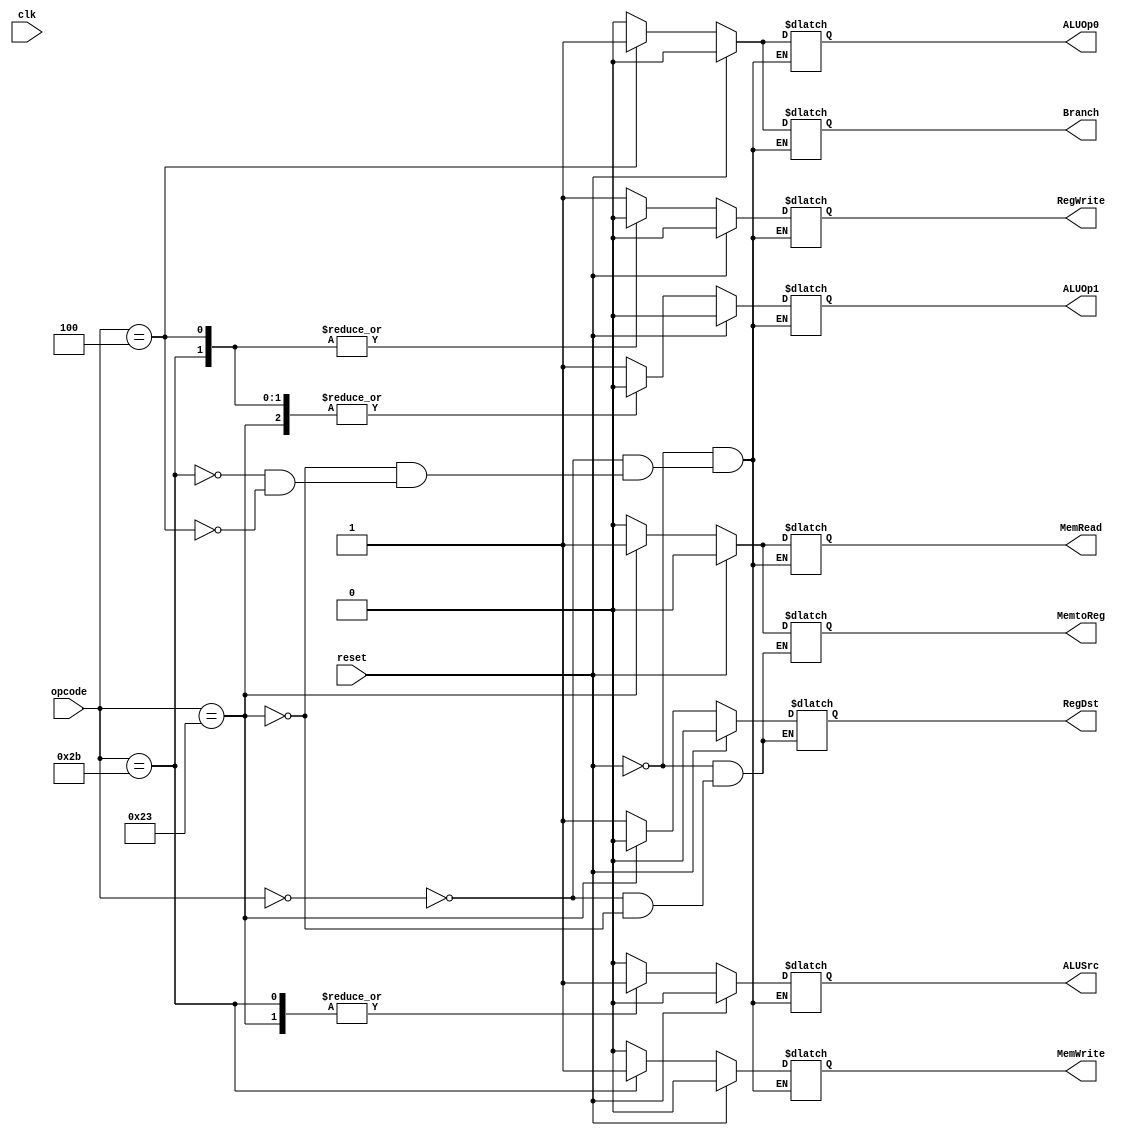
`timescale 1ns / 1ps
//////////////////////////////////////////////////////////////////////////////////
// Company: 
// Engineer: 
// 
// Design Name: 
// Module Name:    control_unit 
// Project Name: 
// Target Devices: 
// Tool versions: 
// Description: 
//
// Dependencies: 
//
// Revision: 
// Revision 0.01 - File Created
// Additional Comments: 
//
//////////////////////////////////////////////////////////////////////////////////
module control_unit(clk, reset, opcode, RegDst, ALUSrc, MemtoReg, RegWrite, MemRead, MemWrite, Branch, ALUOp1, ALUOp0);
	
	input [5:0] opcode;
	input clk, reset;
	output reg RegDst, ALUSrc, MemtoReg, RegWrite, MemRead, MemWrite, Branch, ALUOp1, ALUOp0;
	
	always @(*)
	begin
		if(reset == 1)
		begin
			RegDst <= 0;
			ALUSrc <= 0;
			MemtoReg <= 0;
			RegWrite <= 0;
			MemRead <= 0;
			MemWrite <= 0;
			Branch <= 0;
			ALUOp1 <= 0;
			ALUOp0 <= 0;
		end
		
		else
		begin
		
			case(opcode)
				6'b000000:
				begin
					RegDst <= 1;
					ALUSrc <= 0;
					MemtoReg <= 0;
					RegWrite <= 1;
					MemRead <= 0;
					MemWrite <= 0;
					Branch <= 0;
					ALUOp1 <= 1;
					ALUOp0 <= 0;
				end
				
				6'b100011:
				begin
					RegDst <= 0;
					ALUSrc <= 1;
					MemtoReg <= 1;
					RegWrite <= 1;
					MemRead <= 1;
					MemWrite <= 0;
					Branch <= 0;
					ALUOp1 <= 0;
					ALUOp0 <= 0;
				end
				
				6'b101011:
				begin
					//RegDst <= x;		// x
					ALUSrc <= 1;
					//MemtoReg <= x;	// x
					RegWrite <= 0;
					MemRead <= 0;
					MemWrite <= 1;
					Branch <= 0;
					ALUOp1 <= 0;
					ALUOp0 <= 0;			
				end
				
				6'b000100:
				begin
					//RegDst <= x;		// x
					ALUSrc <= 0;
					//MemtoReg <= x;	// x
					RegWrite <= 0;
					MemRead <= 0;
					MemWrite <= 0;
					Branch <= 1;
					ALUOp1 <= 0;
					ALUOp0 <= 1;			
				end
			endcase
		end
	end
endmodule